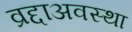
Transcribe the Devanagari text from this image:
व्रद्दाअवस्था